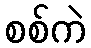
စစ်ကဲ